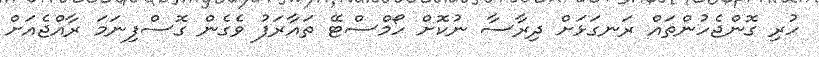
ހުރި ގޮންޖެހުންތައް ރަނގަޅަށް ދިރާސާ ނުކޮށް ހޯމްސްޓޭ ތައާރަފު ވެގެން ގޮސްފިނަމަ ރާއްޖެއަށް